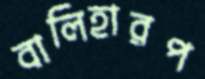
বালিহারপ